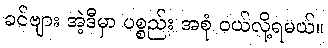
ခင်ဗျား အဲ့ဒီမှာ ပစ္စည်း အစုံ ဝယ်လို့ရမယ်။